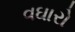
વઘારો